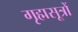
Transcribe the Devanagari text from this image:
गृह्मसूत्रों